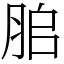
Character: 䏨